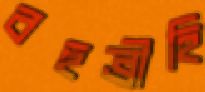
বহুব্রীহি